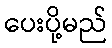
ပေးပို့မည်